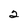
Character: 2